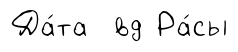
Да́та вд Ра́сы